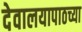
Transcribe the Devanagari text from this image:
देवालयापाठच्या